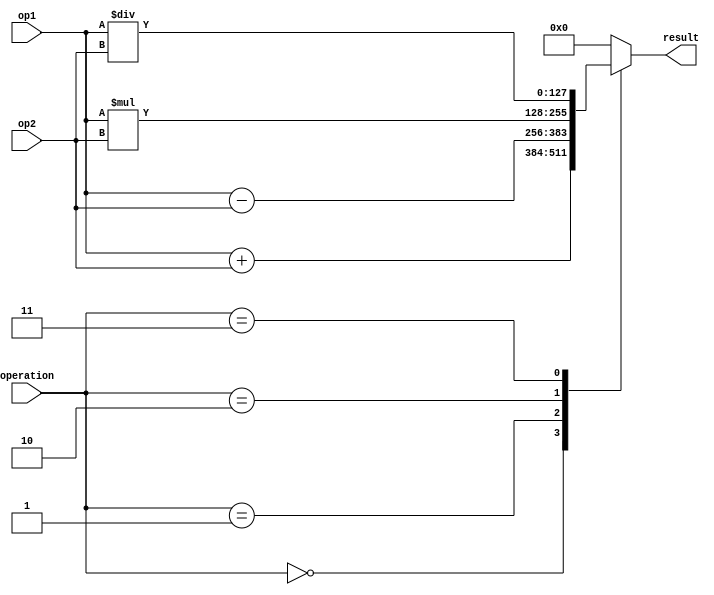
module QuadPrecisionFPUnit (
  input wire [127:0] op1,
  input wire [127:0] op2,
  input wire [3:0] operation,
  output wire [127:0] result
);

// Define constants for special values
parameter [127:0] NAN = 128'd0; // Not a Number
parameter [127:0] INF = 128'd1; // Infinity

// Define arithmetic operations
always @*
begin
  case(operation)
    4'b0000: result = op1 + op2; // Addition
    4'b0001: result = op1 - op2; // Subtraction
    4'b0010: result = op1 * op2; // Multiplication
    4'b0011: result = op1 / op2; // Division
    // Add more operations as needed
    default: result = NAN; // Default to NaN for invalid operation
  endcase
end

// Handle exceptions and special cases
always @*
begin
  // Check for NaN
  if(result == NAN)
    $display("Result is NaN");

  // Check for Infinity
  if(result == INF)
    $display("Result is Infinity");

  // Add more exception handling as needed
end

endmodule